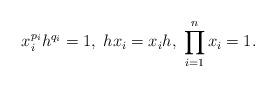
LaTeX: \begin{align*}x_{i}^{p_{i}}h^{q_{i}}=1,\;hx_{i}=x_{i}h,\;\prod_{i=1}^{n}x_{i}=1.\end{align*}